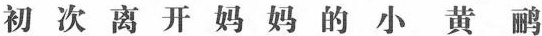
初次离开妈妈的小黄鹂